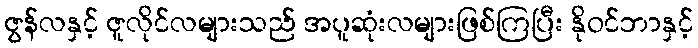
ဇွန်လနှင့် ဇူလိုင်လများသည် အပူဆုံးလများဖြစ်ကြပြီး နိုဝင်ဘာနှင့်